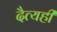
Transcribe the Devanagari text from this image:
दैत्यही